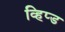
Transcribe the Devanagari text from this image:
व्हिप्ड